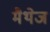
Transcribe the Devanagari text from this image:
मैथेज